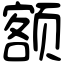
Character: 额